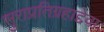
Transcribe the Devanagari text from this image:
सुराप्रतिग्रहाद्देवाः